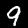
Digit: 9